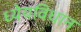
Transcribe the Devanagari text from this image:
ध्येयविधान